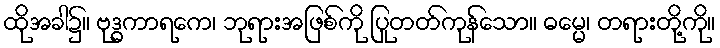
ထိုအခါ၌။ ဗုဒ္ဓကာရကေ၊ ဘုရားအဖြစ်ကို ပြုတတ်ကုန်သော။ ဓမ္မေ၊ တရားတို့ကို။